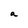
Character: a